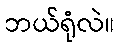
ဘယ်ရုံလဲ။